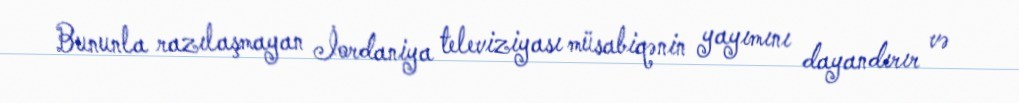
Bununla razılaşmayan İordaniya televiziyası müsabiqənin yayımını dayandırır və